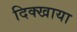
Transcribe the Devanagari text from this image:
दिक्खाया